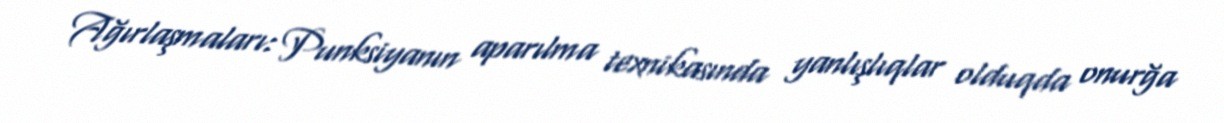
Ağırlaşmaları: Punksiyanın aparılma texnikasında yanlışlıqlar olduqda onurğa